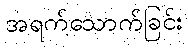
အရက်သောက်ခြင်း